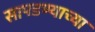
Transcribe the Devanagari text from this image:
सापडण्याच्या